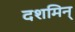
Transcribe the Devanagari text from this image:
दशमिन्‌